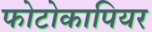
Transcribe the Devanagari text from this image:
फोटोकापियर